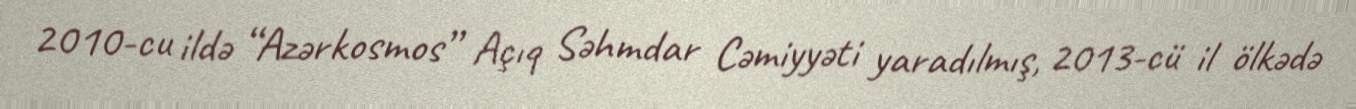
2010-cu ildə “Azərkosmos” Açıq Səhmdar Cəmiyyəti yaradılmış, 2013-cü il ölkədə